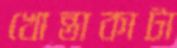
খোন্তাকাটা